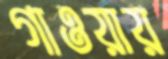
গাওয়ায়